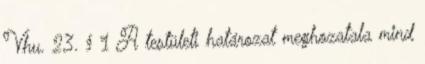
Vhu. 23. § 1 A testületi határozat meghozatala mind